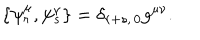
\{ \psi _ { r } ^ { \mu } , \psi _ { s } ^ { \nu } \} = \delta _ { r + s , \, 0 } g ^ { \mu \nu } .